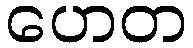
ဟေတ